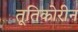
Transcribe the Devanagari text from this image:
तूतिकोरीन